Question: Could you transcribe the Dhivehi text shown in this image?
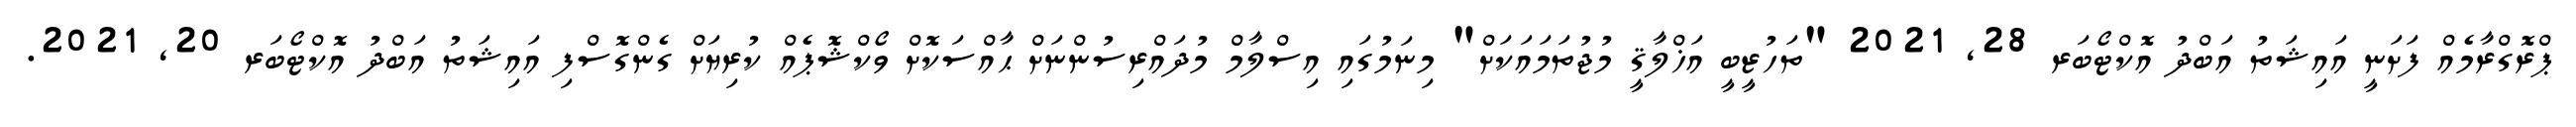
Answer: ޕްރޮގްރާމެއް ފަށަނީ އައިޝަތު އަބްދު އޮކްޓޯބަރ 28, 2021 "ތަހުޒީބީ އަޚްލާޤީ މުޖުތަމައަކަށް" މިނަމުގައި އިސްލާމް މުދައްރިސުންނަށް ޙާއްސަކޮށް ވޯކްޝޮޕެއް ކުރިޔަށް ގެންގޮސްފި އައިޝަތު އަބްދު އޮކްޓޯބަރ 20, 2021.